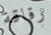
رقاقة